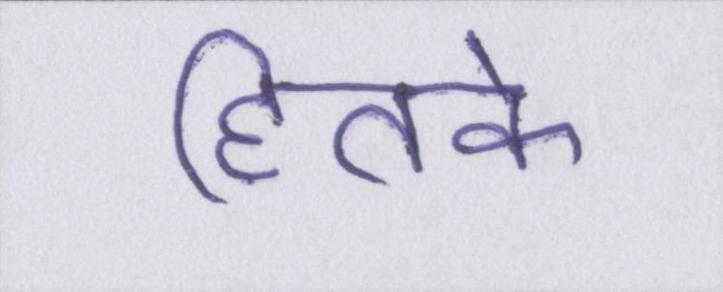
हितके